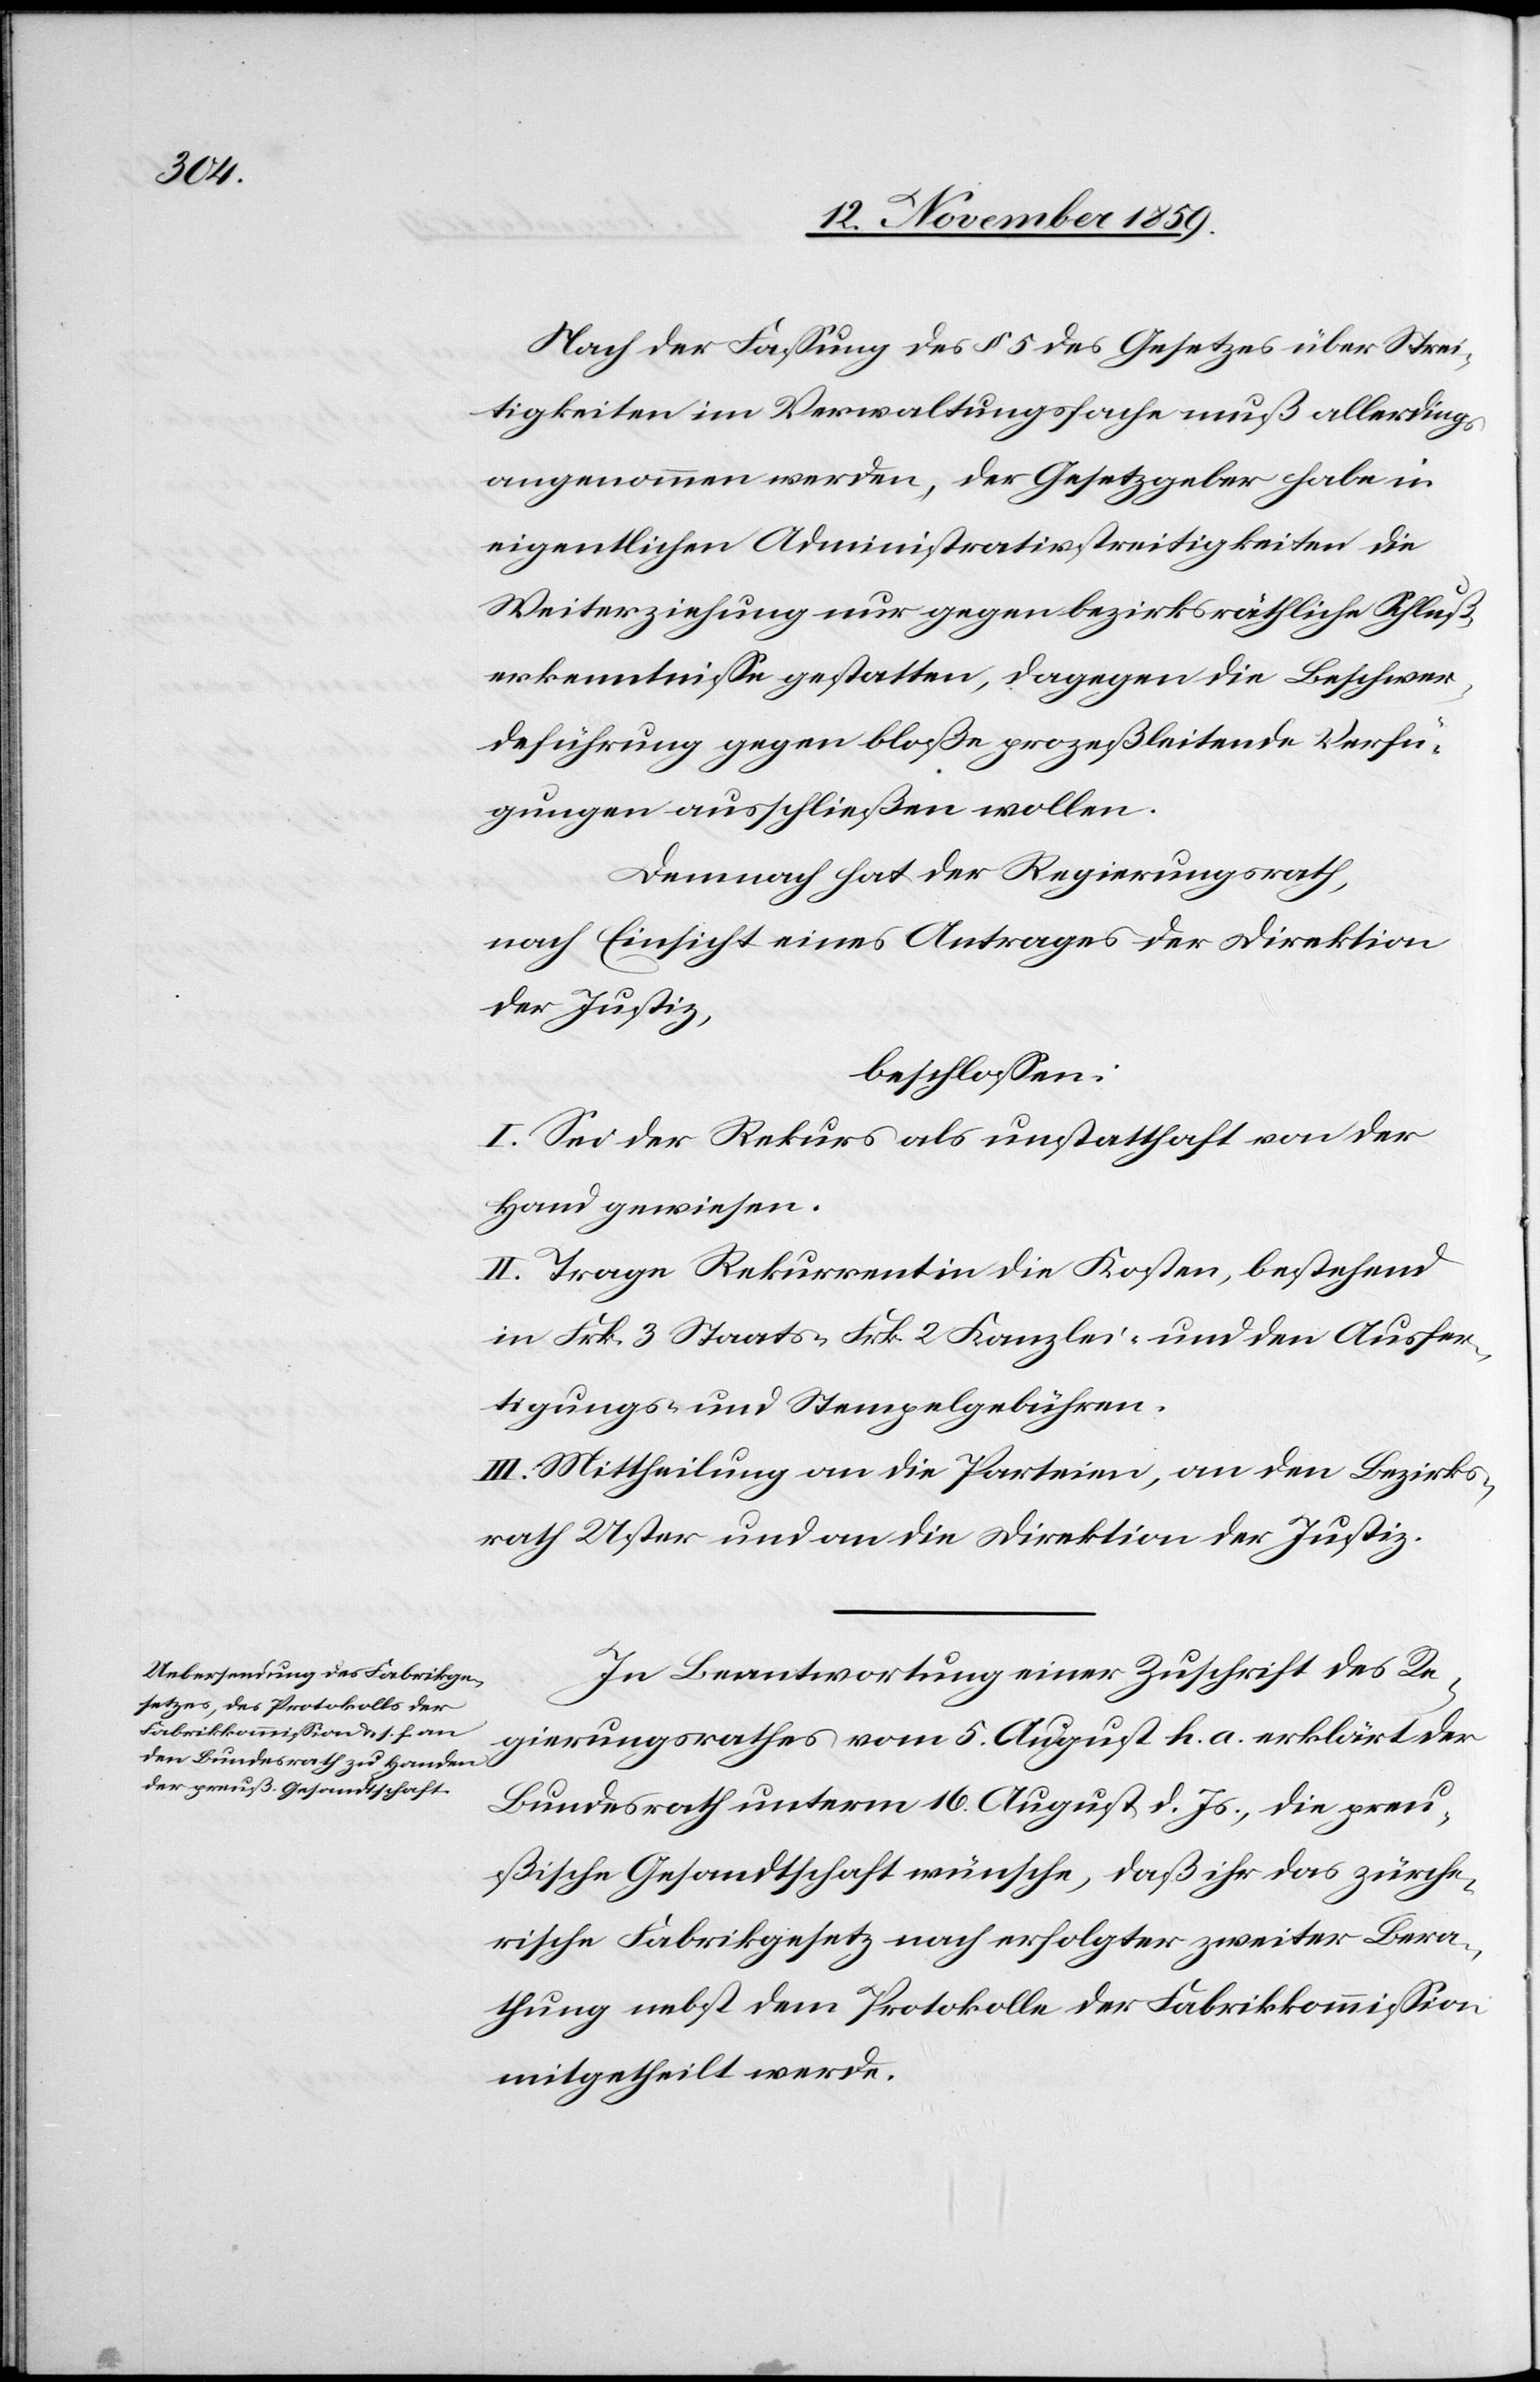
Nach der Fassung des § 5 des Gesetzes über Strei¬
tigkeiten im Verwaltungsfache muß allerdings
angenommen werden, der Gesetzgeber habe in
eigentlichen Administrationsstreitigkeiten die
Weiterziehung nur gegen bezirksräthliche Schluß¬
erkenntnisse gestatten, dagegen die Beschwer¬
deführung gegen bloße prozeßleitende Verfü¬
gungen ausschließen wollen.
Demnach hat der Regierungsrath,
nach Einsicht eines Antrages der Direktion
der Justiz,
beschlossen:
I. Sei der Rekurs als unstatthaft von der
Hand gewiesen.
II. Trage Rekurrentin die Kosten, bestehend
in Frk. 3 Staats- Frk. 2 Kanzlei- und den Ausfer¬
tigungs- und Stempelgebühren.
III. Mittheilung an die Parteien, an den Bezirks¬
rath Uster und an die Direktion der Justiz.
In Beantwortung einer Zuschrift der Re¬
gierungsrathes vom 5. August k. a. erklärt der
Bundesrath unterm 16. August d. Js., die preu¬
ßische Gesandtschaft wünsche, daß ihr das zürche¬
rische Fabrikgesetz nach erfolgter zweiter Bera¬
thung nebst der Protokolle der Fabrikkommission
mitgetheilt werde.